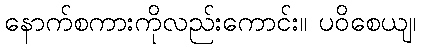
နောက်စကားကိုလည်းကောင်း။ ပဝိစေယျ၊